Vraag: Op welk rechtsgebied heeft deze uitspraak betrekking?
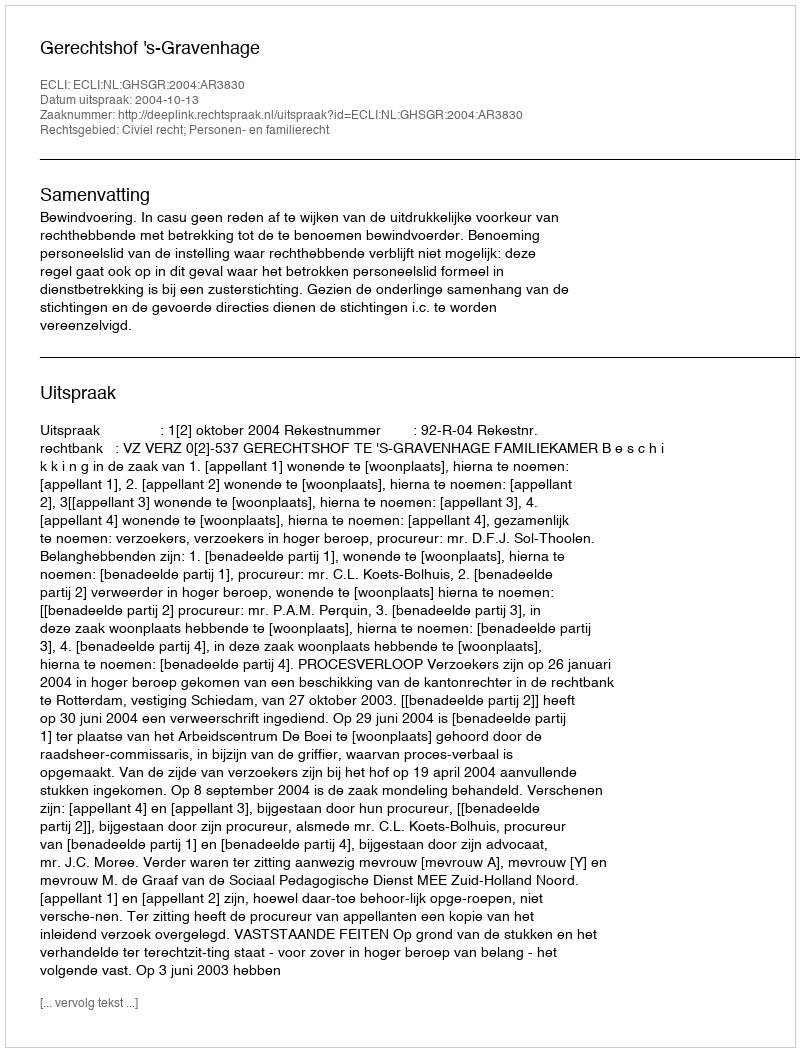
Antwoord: Civiel recht; Personen- en familierecht